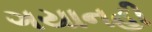
ગયાનહી